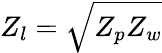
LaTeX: Z_{l}=\sqrt{Z_{p}Z_{w}}